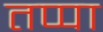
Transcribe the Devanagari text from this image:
तप्पा